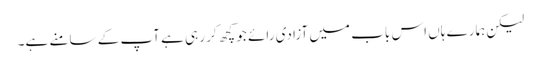
لیکن ہمارے ہاں اس باب میں آزادی رائے جو کچھ کر رہی ہے آپ کے سامنے ہے۔